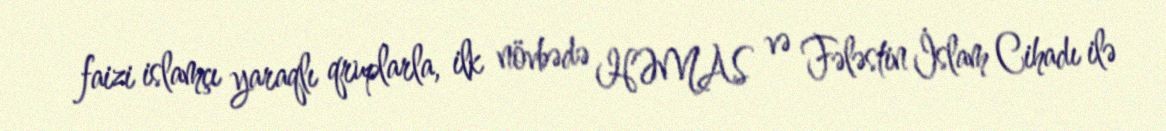
faizi islamçı yaraqlı qruplarla, ilk növbədə HƏMAS və Fələstin İslam Cihadı ilə